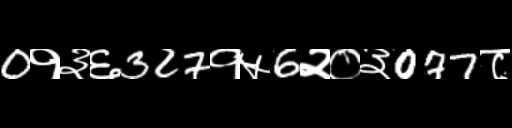
Text: 0१३६327१५6२०३077८